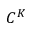
C ^ { K }